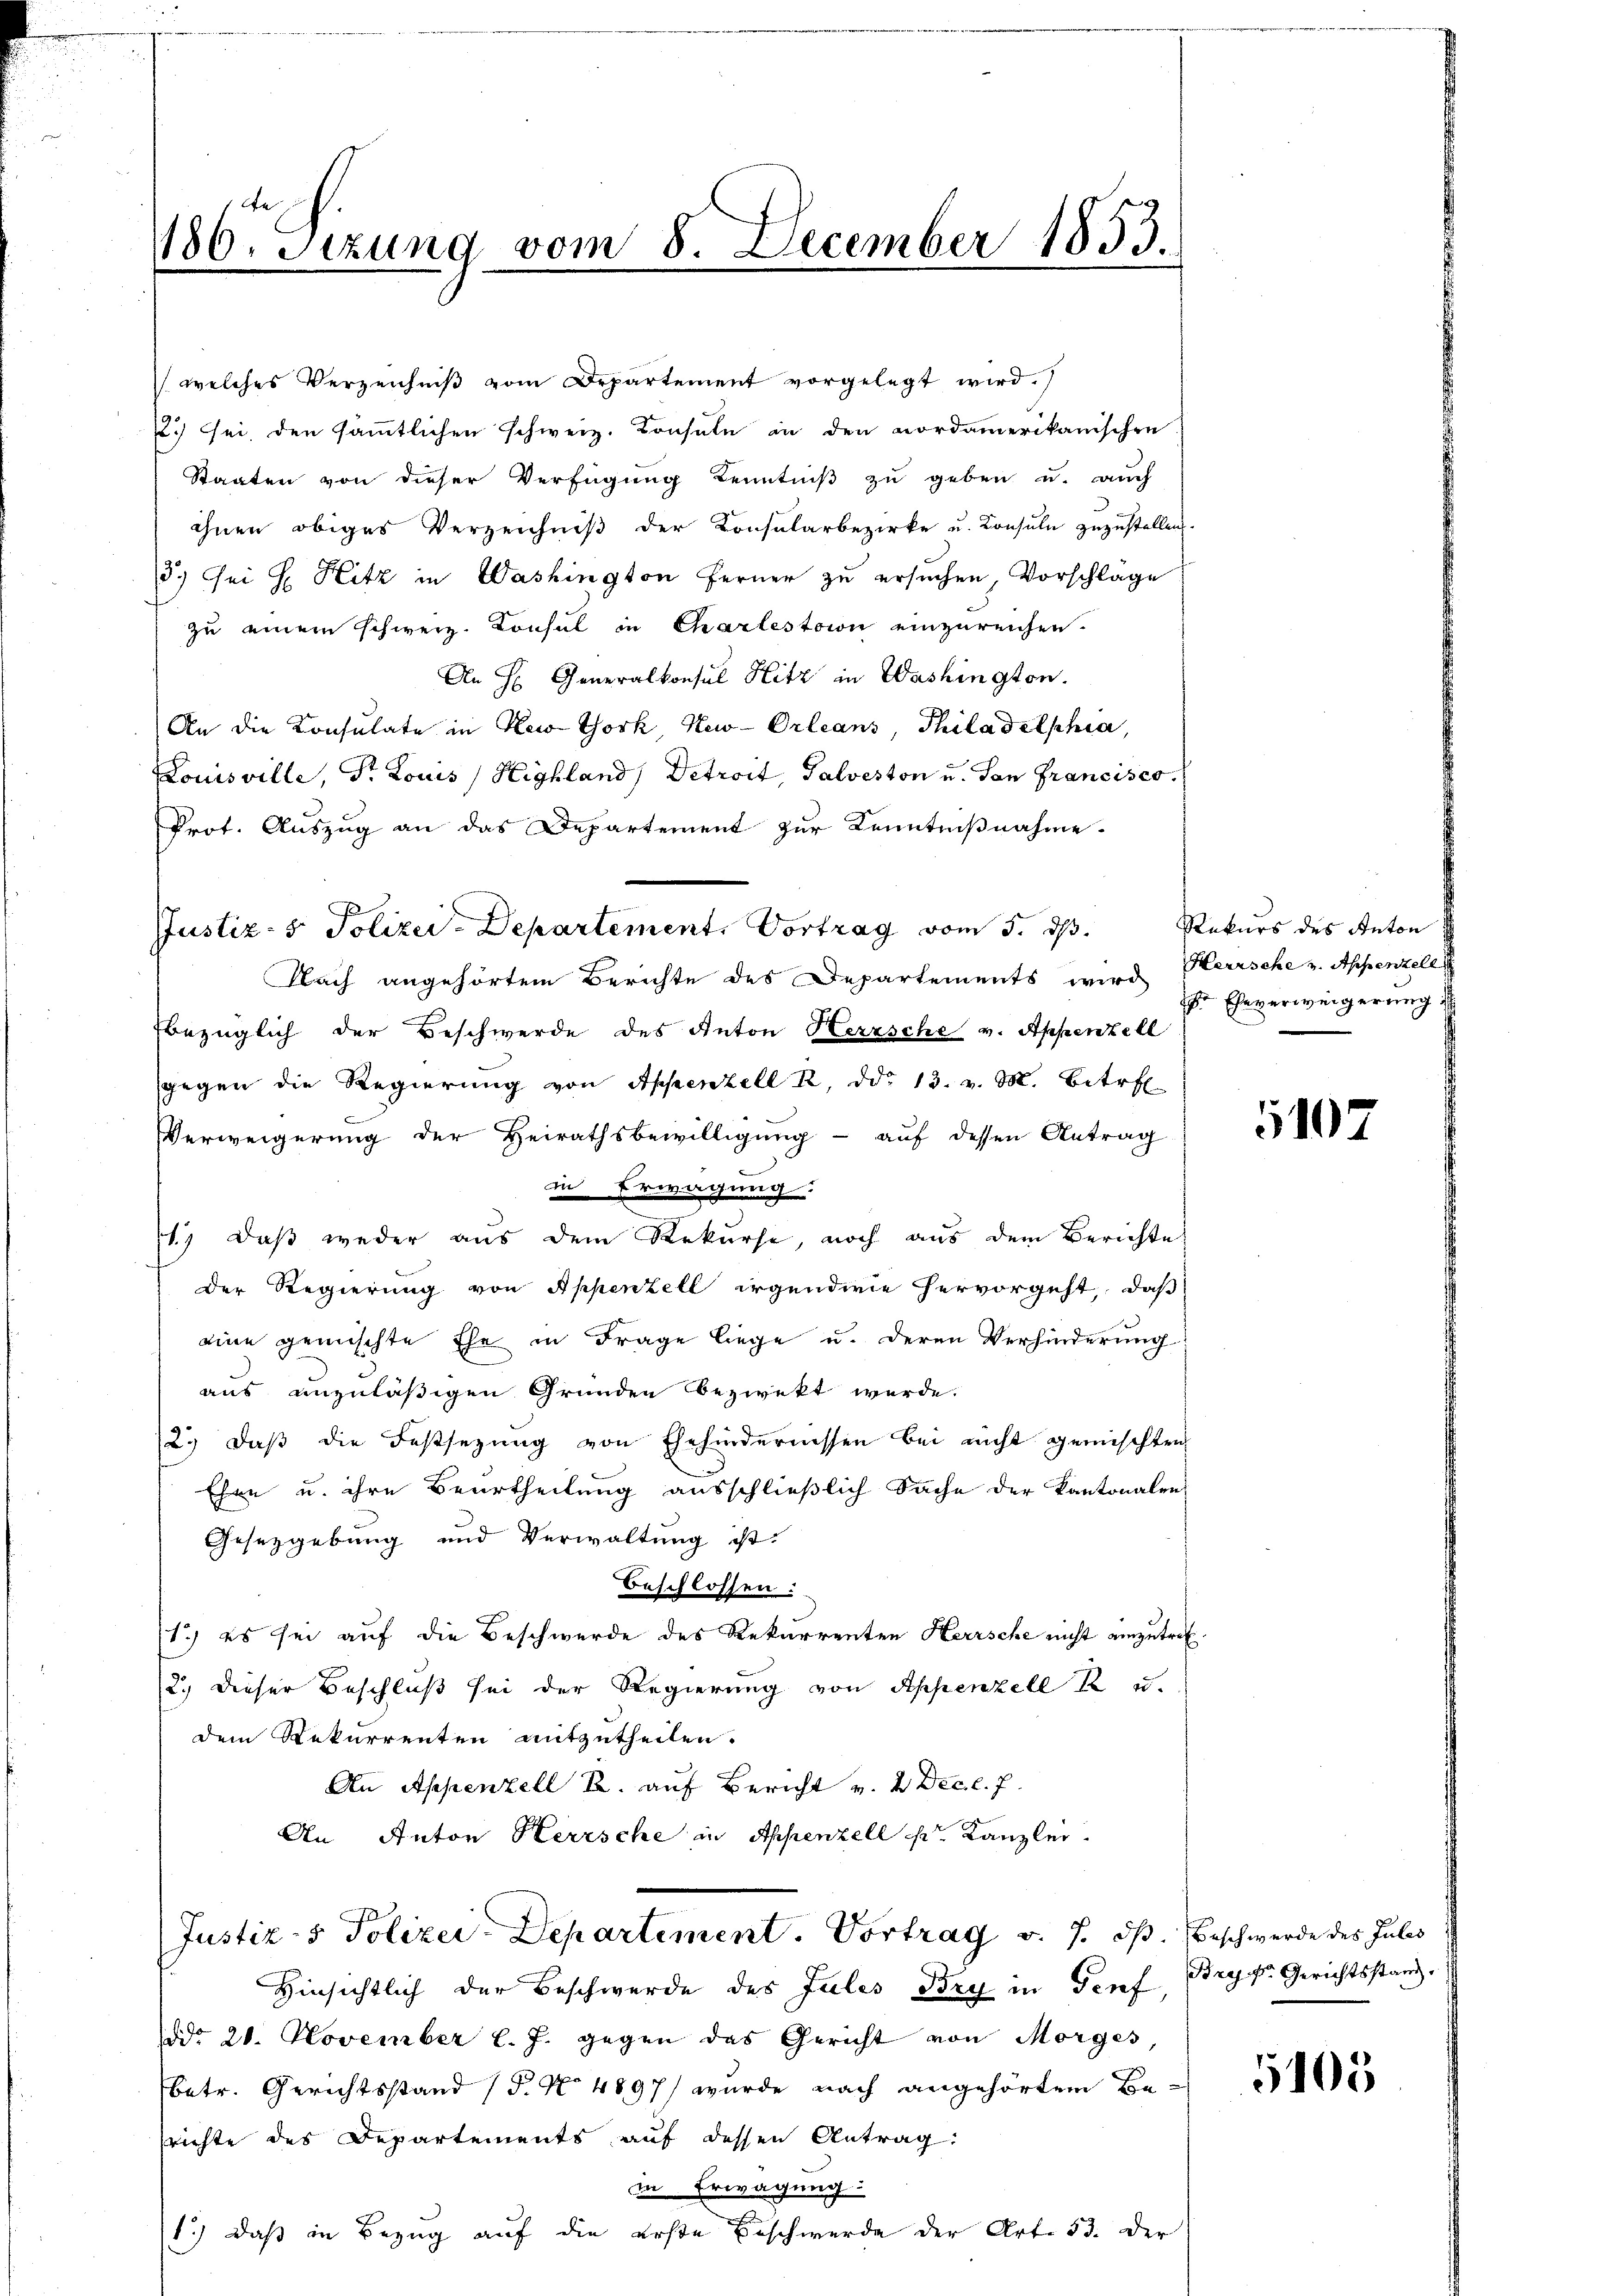
186. Sizung vom 8. December 1853.

welches Verzeichniß vom Departement vorgelegt wird.
2) sei, den sämmtlichen Schweiz. Konsule in den nordamerikanischen
Staaten von dieser Verfügung Kenntniß zu geben u. auch
ihnen obiges Verzeichniß der Konsularbezirke u. Consuln zuzustellen.
3.) Sei H. Hitz in Washington Ferner zu ersuchen, Vorschlage
zu einem schweiz. Konsul in Charlestion einzureichen.
An H Generalkonsul Hitz in Washington.
An die Consulate in New York New-Orleans, Thiladelphia,
Louisville, Dr. Louis / Highland, Detroit, Salveston u. San Francisco
Prot. Auszug an das Departement zur Kenntnißnahme.
Justiz- & Polizei-Departement, Vortrag vom 5. ds.
Nach angehörtem Berichte des Departements wird Herrsche u. Appenzell
bezüglich der Beschwerde des Anton Herzsche v. Appenzell
sgegen die Regierŭng von Appenzell 2. ddo 13. v. M. Betr
VVerweigerung der Heirathsbewilligung - auf dessen Antrag
in Erwägung.
1.) Daß weder aus dem Rekurse, noch aus dem Berichte
der Regierung von Appenzell irgendwie hervorgeht, daß
eine gemischte Ehe in Frage liege u. deren Verhinderung
aus unzuläßigen Gründen bezweckt werde.
2.) daß die Festsezung von Ehehindernissen bei nicht gemischten
Ehre u. ihre Beurtheilung ausschließlich Sache der Kantonalen
Gesetzgebung und Verwaltung ist.
Beschlossen:
1.) es sei auf die Beschwerde des Rekurrenten Herrsche nicht einzutref¬
2.) Dieser Beschluß sei der Regierung von Appenzell R. u.
dem Rekurrenten mitzutheilen.
An Appenzell A. auf Bericht v. 2. Dec. l. J.
An Anton Herrsche in Appenzell k. Kanzlei.
Justiz- & Polizei Departement. Vortrag v. J. dß. Beschwerde des Julis
Hinsichtlich der Beschwerde des Jules Bey in Genf, Bryp. Gerichtsstandddo 20. November l. J. gegen das Gericht von Morges,
betr. Gerichtsstand (T. No 4897) wurde nach angehörten Besrichte des Departements auf dessen Antrag
in Erwägung:
1.) daß in Bezug auf die erste Beschwerde der Art. 53. Der

Rekurs des Anton
 Eheverweigerung d

1

5105